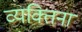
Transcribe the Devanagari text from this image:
व्यक्तिनां